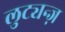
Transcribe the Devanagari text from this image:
लुट्यन्ज़